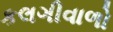
કલગીવાળો